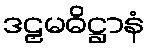
ဒဠှမဓိဋ္ဌာနံ